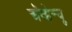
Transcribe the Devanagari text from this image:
अॅव्हेन्यू